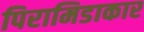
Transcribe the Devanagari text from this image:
पिरामिडाकार